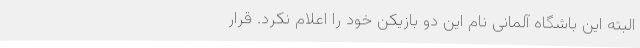
البته این باشگاه آلمانی نام این دو بازیکن خود را اعلام نکرد. قرار